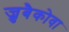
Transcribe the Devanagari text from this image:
ज्रुबैकोवा